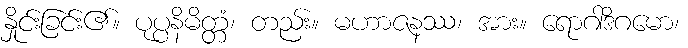
နှိုင်းခြင်း၏။ ပုပ္ပနိမိတ္တံ၊ တည်း။ မဟာဇနဿ၊ အား။ ရောဂါဒိဂမော၊